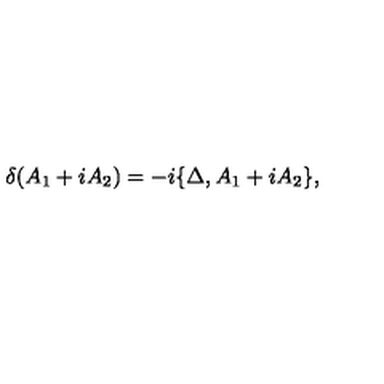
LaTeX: \delta ( A _ { 1 } + i A _ { 2 } ) = - i \{ \Delta , A _ { 1 } + i A _ { 2 } \} ,